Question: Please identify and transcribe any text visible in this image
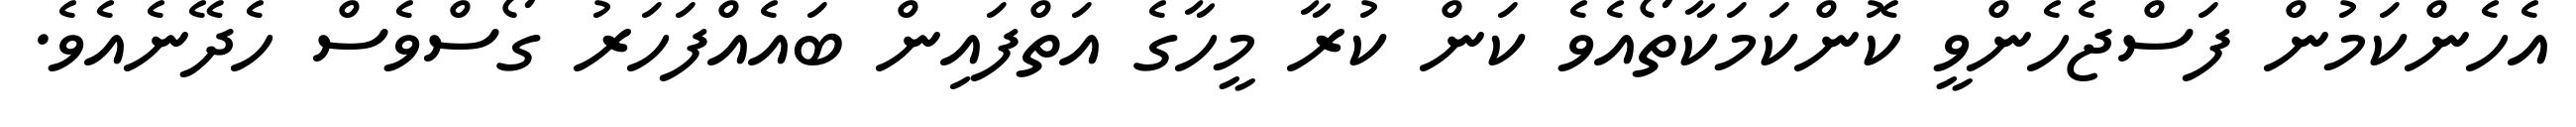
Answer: އެހެންކަމުން ފަސްޖެހެންވީ ކޮންކަމަކާތޯއެވެ ކަން ކުރާ މީހާގެ އަތްފައިން ބައެއްފަހަރު ގޯސްވެސް ހެދޭނެއެވެ.